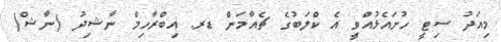
މިއަދު ސިޓީ ހުށައެޅުއްވީ އެ ކްލަބުގެ ޗެއާމަން ޑރ. އިބްރާހިމް ނާޝިދު (ނާޝް)